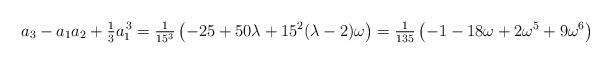
LaTeX: \begin{align*} a_3 - a_1 a_2 + \tfrac{1}{3} a_1^{\, 3} = \tfrac{1}{15^3} \left( -25 + 50 \lambda + 15^2 (\lambda-2) \omega \right) = \tfrac{1}{135} \left( -1 - 18\omega + 2\omega^5 + 9\omega^6 \right)\end{align*}